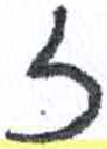
אות: ז